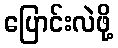
ပြောင်းလဲဖို့